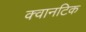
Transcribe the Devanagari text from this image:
क्वानटिक